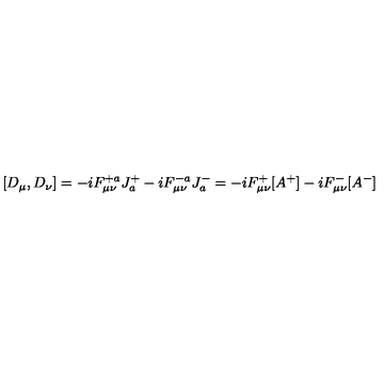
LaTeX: [ D _ { \mu } , D _ { \nu } ] = - i F _ { \mu \nu } ^ { + a } J _ { a } ^ { + } - i F _ { \mu \nu } ^ { - a } J _ { a } ^ { - } = - i F _ { \mu \nu } ^ { + } [ A ^ { + } ] - i F _ { \mu \nu } ^ { - } [ A ^ { - } ]